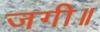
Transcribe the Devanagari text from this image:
जगी॥